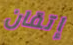
إتقان